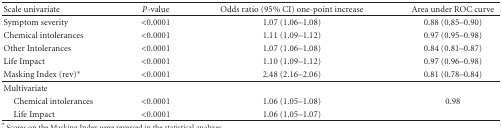
| Scale univariate | P-value | Odds ratio (95% CI) one-point increase | Area under ROC curve |
 | --- | --- | --- | --- |
 | Symptom severity | <0.0001 | 1.07 (1.06–1.08) | 0.88 (0.85–0.90) |
 | Chemical intolerances | <0.0001 | 1.11 (1.09–1.12) | 0.97 (0.95–0.98) |
 | Other Intolerances | <0.0001 | 1.07 (1.06–1.08) | 0.84 (0.81–0.87) |
 | Life Impact | <0.0001 | 1.10 (1.09–1.12) | 0.97 (0.96–0.98) |
 | Masking Index (rev)* | <0.0001 | 2.48 (2.16–2.06) | 0.81 (0.78–0.84) |
 | Multivariate |  |  |  |
 | Chemical intolerances | <0.0001 | 1.06 (1.05–1.08) | 0.98 |
 | Life Impact | <0.0001 | 1.06 (1.05–1.07) |  |